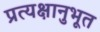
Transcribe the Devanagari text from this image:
प्रत्यक्षानुभूत